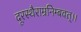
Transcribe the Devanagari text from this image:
दूरस्थैराम्रनिम्बवत्।।